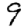
Digit: 9